Leaving Certificate Examination, 1922
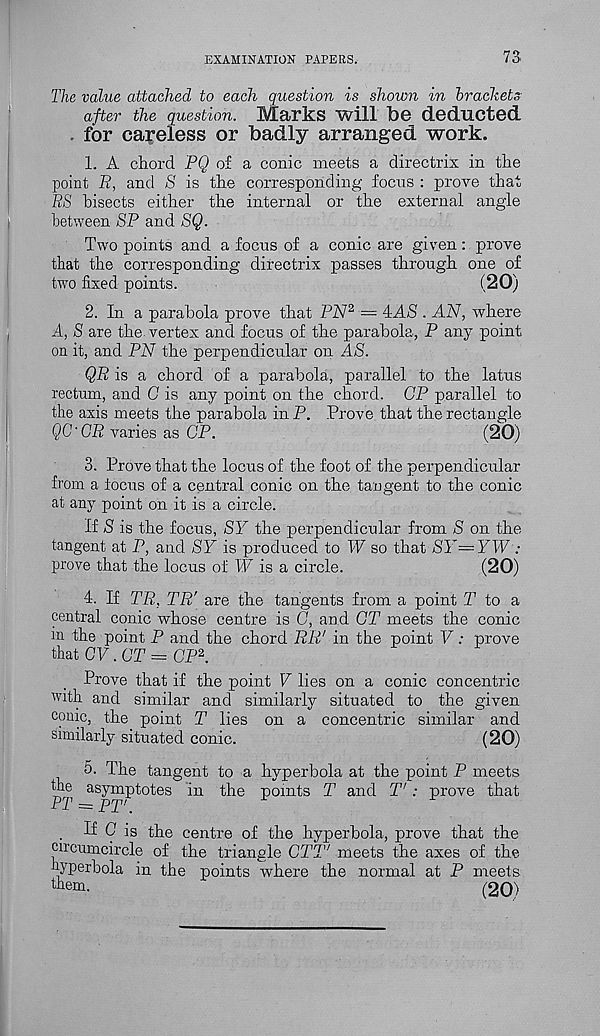
EXAMINATION PAPERS.
73
The value attached to each question is shown in brachets
after the question. Marks will be deducted
for careless or badly arranged work.
1. A chord PQ of a conic meets a directrix in the
point E, and S is the corresponding focus : prove that
RS bisects either the internal or the external angle
between SP and SQ.
Two points and a focus of a conic are given: prove
that the corresponding directrix passes through one of
two fixed points.
(20)
2. In a parabola prove that PN 2 = 4AS . AN, where
A, S are the- vertex and focus of the parabola, P any point
on it, and PN the perpendicular on AS.
QR is a chord of a parabola, parallel to the latus
rectum, and C is any point on the chord. CP parallel to
the axis meets the parabola inP. Prove that the rectangle
QG'GR varies as GP.
(20)
3. Prove that the locus of the foot of the perpendicular
from a focus of a central conic on the tangent to the conic
at any point on it is a circle.
If S is the focus, SY the perpendicular from S on the
tangent at P, and SY is produced to W so that SY=YW :
prove that the locus of W is a circle.
(20)
4. If TR, TR' are the tangents from a point T to a
central conic whose centre is 0, and CT meets the conic
in the point P and the chord RR' in the point V: prove
that CV. CT = CP 2 .
Prove that if the point V lies on a conic concentric
with and similar and similarly situated to the given
conic, the point T lies on a concentric similar and
similarly situated conic.
(20)
5. The tangent to a hyperbola at the point P meets
pji nsypptotes in the points T and T': prove that
If C is the centre of the hyperbola, prove that the
circumcircle of the triangle CTT' meets the axes of the
hyperbola in the points where the normal at P meets
them.
(20)